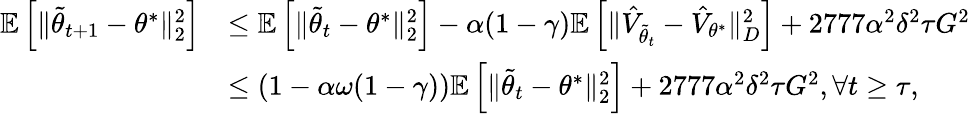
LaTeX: \begin{array}{rl}{\mathbb{E}\left[\Vert\tilde{\theta}_{t+1}-\theta^{*}\Vert_{2}^{2}\right]}&{\leq\mathbb{E}\left[\Vert\tilde{\theta}_{t}-\theta^{*}\Vert_{2}^{2}\right]-\alpha(1-\gamma)\mathbb{E}\left[\Vert\hat{V}_{\tilde{\theta}_{t}}-\hat{V}_{\theta^{*}}\Vert_{D}^{2}\right]+2777\alpha^{2}\delta^{2}\tau G^{2}}\\ &{\leq\left(1-\alpha\omega(1-\gamma)\right)\mathbb{E}\left[\Vert\tilde{\theta}_{t}-\theta^{*}\Vert_{2}^{2}\right]+2777\alpha^{2}\delta^{2}\tau G^{2},\forall t\geq\tau,}\end{array}